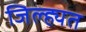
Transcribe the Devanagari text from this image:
जिल्ह्यत